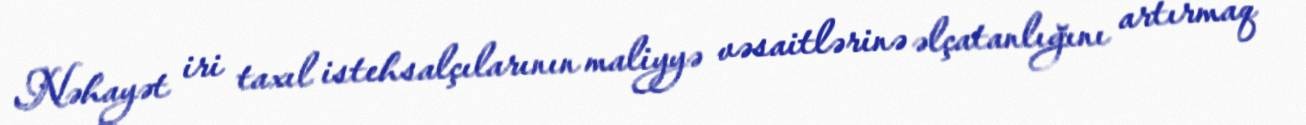
Nəhayət iri taxıl istehsalçılarının maliyyə vəsaitlərinə əlçatanlığını artırmaq